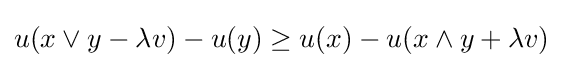
u(x\vee y-\lambda v)-u(y)\geq u(x)-u(x\wedge y+\lambda v)